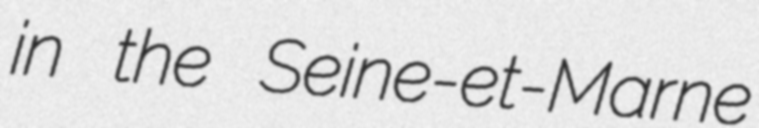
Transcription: in the Seine-et-Marne